system: You are a helpful assistant.
user:
Analyze the provided spectrum to determine if it is a **M-type Giant (gM)**.

A M-type Giant spectrum is defined by its **strong molecular absorption** features, particularly from **Titanium Oxide (TiO)**. You must check for one of the following mutually exclusive signatures:

- **Key Visual Indicators (Absorption-Dominated Spectrum):**

    - **(Primary):** The spectrum is dominated by strong molecular absorption from **Titanium Oxide (TiO)**. This is the **defining feature** of its M-type temperature class.
        - **(Key Bandheads):** Look for sharp, "saw-tooth" absorption valleys. The strongest are located near **~7050 Å**, **~6160 Å**, and **~5170 Å**.
        - **(Line Profile):** The "saw-tooth" morphology is critical: a **sharp, steep drop on the BLUE (short-wavelength) side** of the bandhead, followed by a gradual recovery (rising flux) towards the RED (long-wavelength) side.

    - **(Key Confirmation - Giant vs. Dwarf):** **ABSENCE** of strong **Calcium Hydride (CaH)** molecular bands. This is the primary diagnostic for *excluding* M-dwarfs.
        - **(Key Region):** The spectrum should lack the strong, broad absorption band seen in dwarfs between **~6800 Å and ~7000 Å**.

    - **(Secondary Confirmation - Giant):** A very strong and broad **Neutral Calcium (Ca I)** atomic absorption line.
        - **(Key Line):** Located at **~4226 Å**. In a giant (gM), this line is significantly deeper and broader than the same line in an M-dwarf (dM) due to low surface gravity.

    - **(Overall Spectrum):**
        - The continuum is **extremely red-sloping** (i.e., flux is very low in the blue and rises dramatically towards the red).
        - The entire spectrum appears "chopped up" by the deep TiO bands.

Think first, call **spectral_visualization_tool** if needed to examine features in detail, then provide your final answer. Your response must adhere to the following strict rules:
1.  **Overall Structure:** Your response must follow the format `<think>...</think> <tool_call>...</tool_call> (if a tool is used) <answer>...</answer>`.
2.  **Tool Usage Constraint:** You may only make **one** tool call per turn.
3.  **Final Answer Format:** In the `<answer>` tag, your conclusion must be inside a `\boxed{}` command (e.g., `\boxed{YES}` or `\boxed{NO}`), followed by your justification.

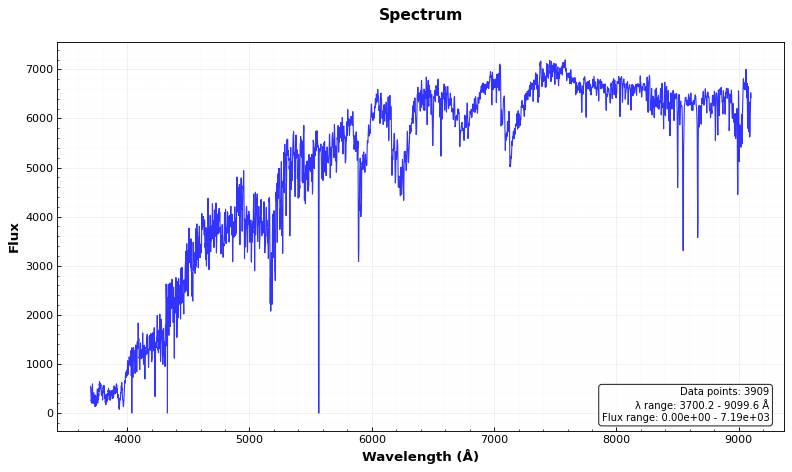
Answer: YES